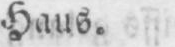
Haus.